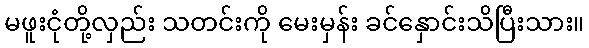
မဖူးငုံတို့လှည်း သတင်းကို မေးမှန်း ခင်နှောင်းသိပြီးသား။